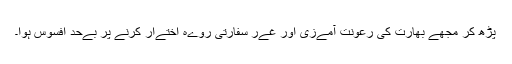
پڑھ کر مجھے بھارت کی رعونت آمےزی اور غےر سفارتی روےہ اختےار کرنے پر بےحد افسوس ہوا۔